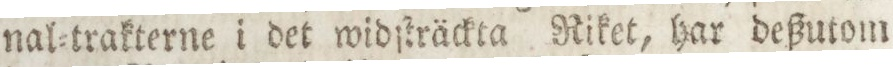
nal=trakterne i det widſträckta Riket, har deßutom